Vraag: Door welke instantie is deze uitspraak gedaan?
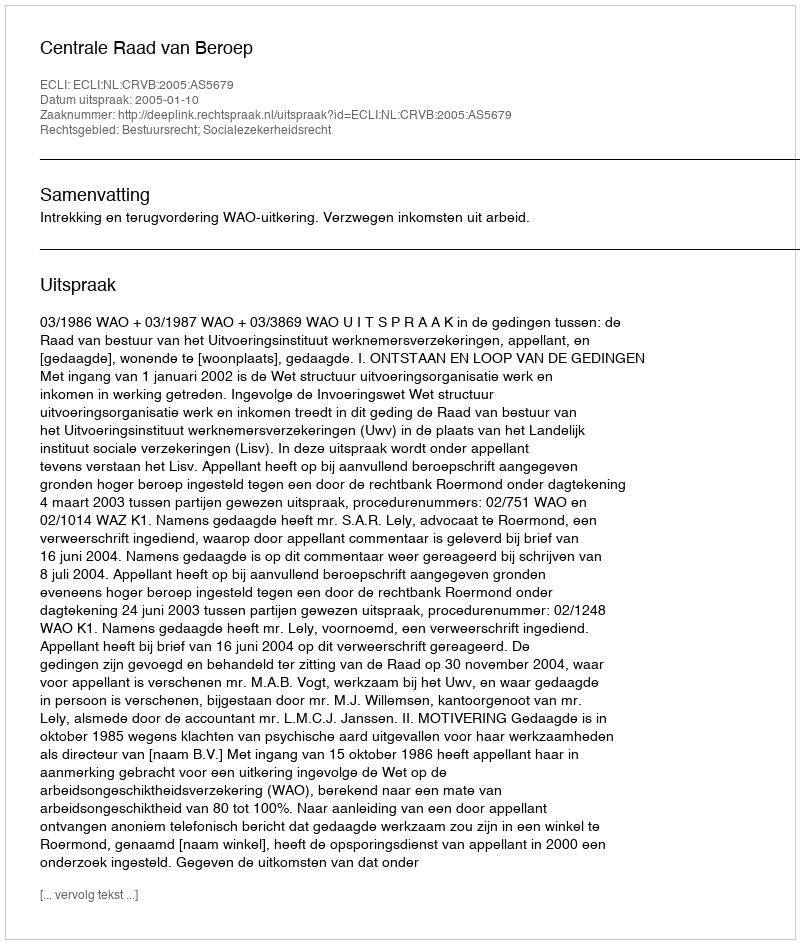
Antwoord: Centrale Raad van Beroep